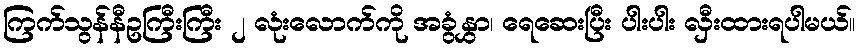
ကြက်သွန်နီဥကြီးကြီး ၂ လုံးလောက်ကို အခွံနွှာ၊ ရေဆေးပြီး ပါးပါး လှီးထားရပါမယ်။